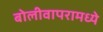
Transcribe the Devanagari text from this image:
बोलीवापरामध्ये